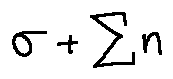
\sigma + \sum n